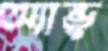
অ্যান্ডু